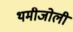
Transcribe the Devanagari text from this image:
थमीजोली